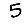
Digit: 5